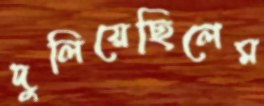
দুলিয়েছিলেম